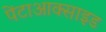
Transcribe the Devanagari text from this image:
पेंटाआक्साइड